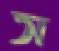
স